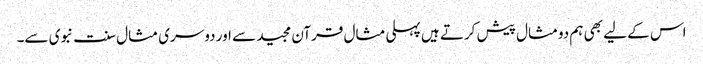
اس کے لیے بھی ہم دومثال پیش کرتے ہیں پہلی مثال قرآن مجید سے اور دوسری مثال سنت نبوی سے۔